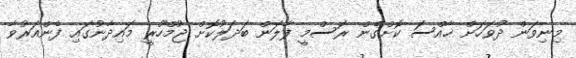
މިނިވަން ދުވަހަށް ޚާއްސަ ކޮށްގެން ރަސްމީ ފާލަން ބަދަލުކޮށް ޖުމްހޫރީ މައިދާނުގައި ފެންއަރުވާ